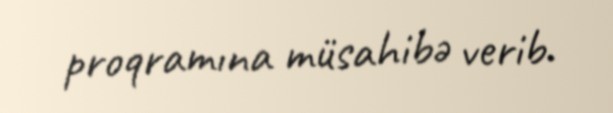
proqramına müsahibə verib.